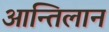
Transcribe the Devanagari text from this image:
आन्तिलान